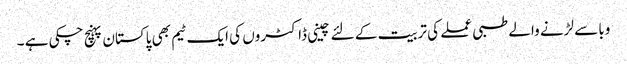
وبا سے لڑنے والے طبی عملے کی تربیت کے لئے چینی ڈاکٹروں کی ایک ٹیم بھی پاکستان پہنچ چکی ہے ۔